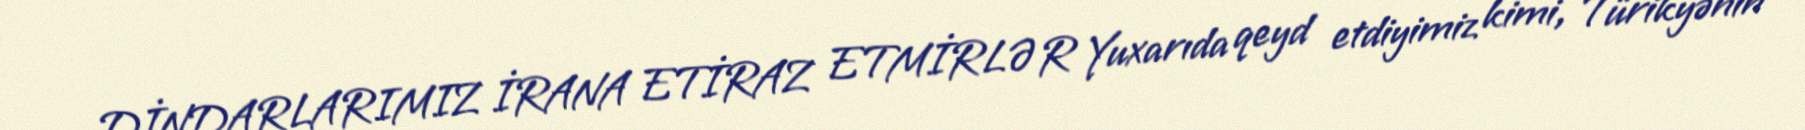
DİNDARLARIMIZ İRANA ETİRAZ ETMİRLƏR Yuxarıda qeyd etdiyimiz kimi, Türikyənin